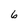
Character: 6